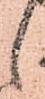
候